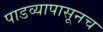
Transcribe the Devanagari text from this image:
पाडव्यापासूनच